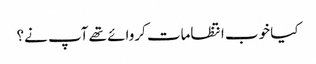
کیا خوب انتظامات کروائے تھے آپ نے؟